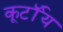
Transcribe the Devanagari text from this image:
कूर्टॉय